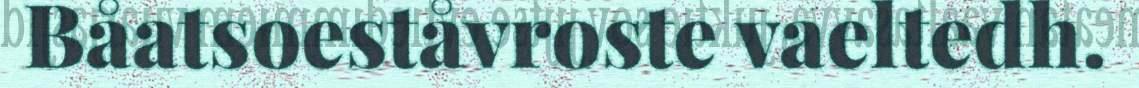
Båatsoeståvroste vaeltedh.